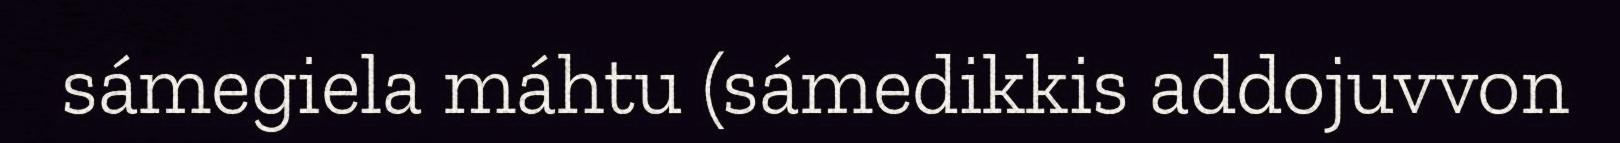
sámegiela máhtu (sámedikkis addojuvvon